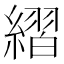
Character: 䌌